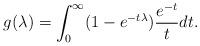
LaTeX: \begin{align*} g(\lambda)=\int_0^{\infty}(1-e^{-t\lambda})\frac{e^{-t}}{t}dt. \end{align*}